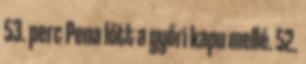
53. perc Pena lőtt a győri kapu mellé. 52.